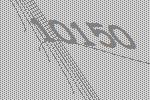
10150